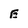
Character: E